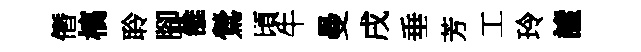
僭槁聆腳雒鶯頃牛曼戌垂芳工玲謐